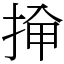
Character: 𫼸